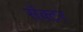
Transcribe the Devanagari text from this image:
सॅक्टर